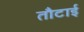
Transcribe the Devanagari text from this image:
तौटाई